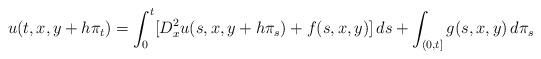
LaTeX: \begin{align*} u(t,x,y+h\pi_{t})=\int_{0}^{t}[D^{2}_{x}u(s,x,y+h\pi_{s})+f(s,x,y)]\,ds+\int_{(0,t]}g(s,x,y)\,d\pi_{s}\end{align*}